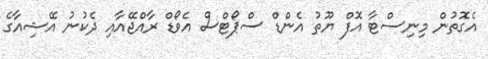
އެގޮތުން މިނިސްޓާ އޮފް ޔޫތު އެންޑް ސްޕޯޓްސް އެވޯޑް ރާއްޖޭއާއި ދެކުނު އޭޝިއާގެ